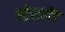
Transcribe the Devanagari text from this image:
स्ट्रेसलैंड